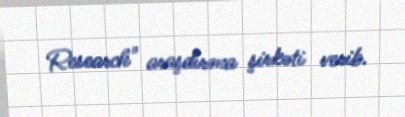
Research" araşdırma şirkəti verib.